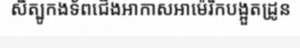
សិត្បូកងទ័ពជើងអាកាសអាម៉េរិកបង្អួតដ្រូន